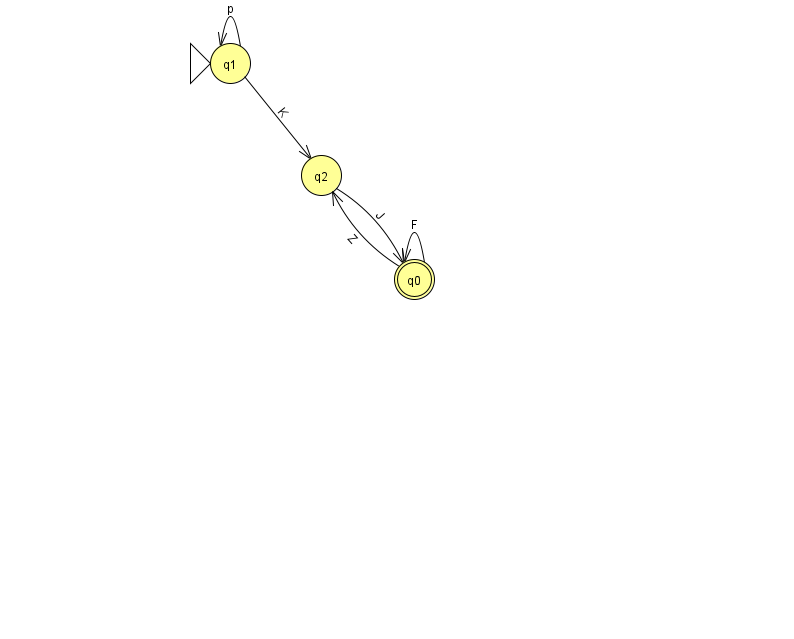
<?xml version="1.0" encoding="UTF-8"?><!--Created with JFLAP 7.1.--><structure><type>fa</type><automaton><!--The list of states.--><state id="0" name="q0"><x>414.0</x><y>266.0</y><final/></state><state id="1" name="q1"><x>230.0</x><y>50.0</y><initial/></state><state id="2" name="q2"><x>321.0</x><y>162.0</y></state><!--The list of transitions.--><transition><from>1</from><to>1</to><read>p</read></transition><transition><from>0</from><to>0</to><read>F</read></transition><transition><from>0</from><to>2</to><read>Z</read></transition><transition><from>2</from><to>0</to><read>J</read></transition><transition><from>1</from><to>2</to><read>K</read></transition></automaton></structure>